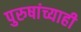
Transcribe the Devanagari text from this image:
पुरुषांच्याही